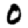
Digit: 0